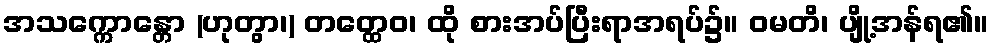
အသက္ကောန္တော (ဟုတွာ၊) တတ္ထေဝ၊ ထို စားအပ်ပြီးရာအရပ်၌။ ဝမတိ၊ ပျို့အန်ရ၏။